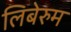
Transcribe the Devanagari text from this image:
लिबेरुम